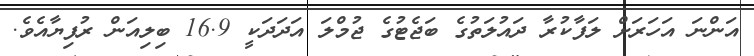
އަންނަ އަހަރަށް ލަފާކުރާ ދައުލަތުގެ ބަޖެޓުގެ ޖުމްލަ އަދަދަކީ 16.9 ބިލިއަން ރުފިޔާއެވެ.